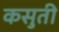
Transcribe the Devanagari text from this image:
कसुती